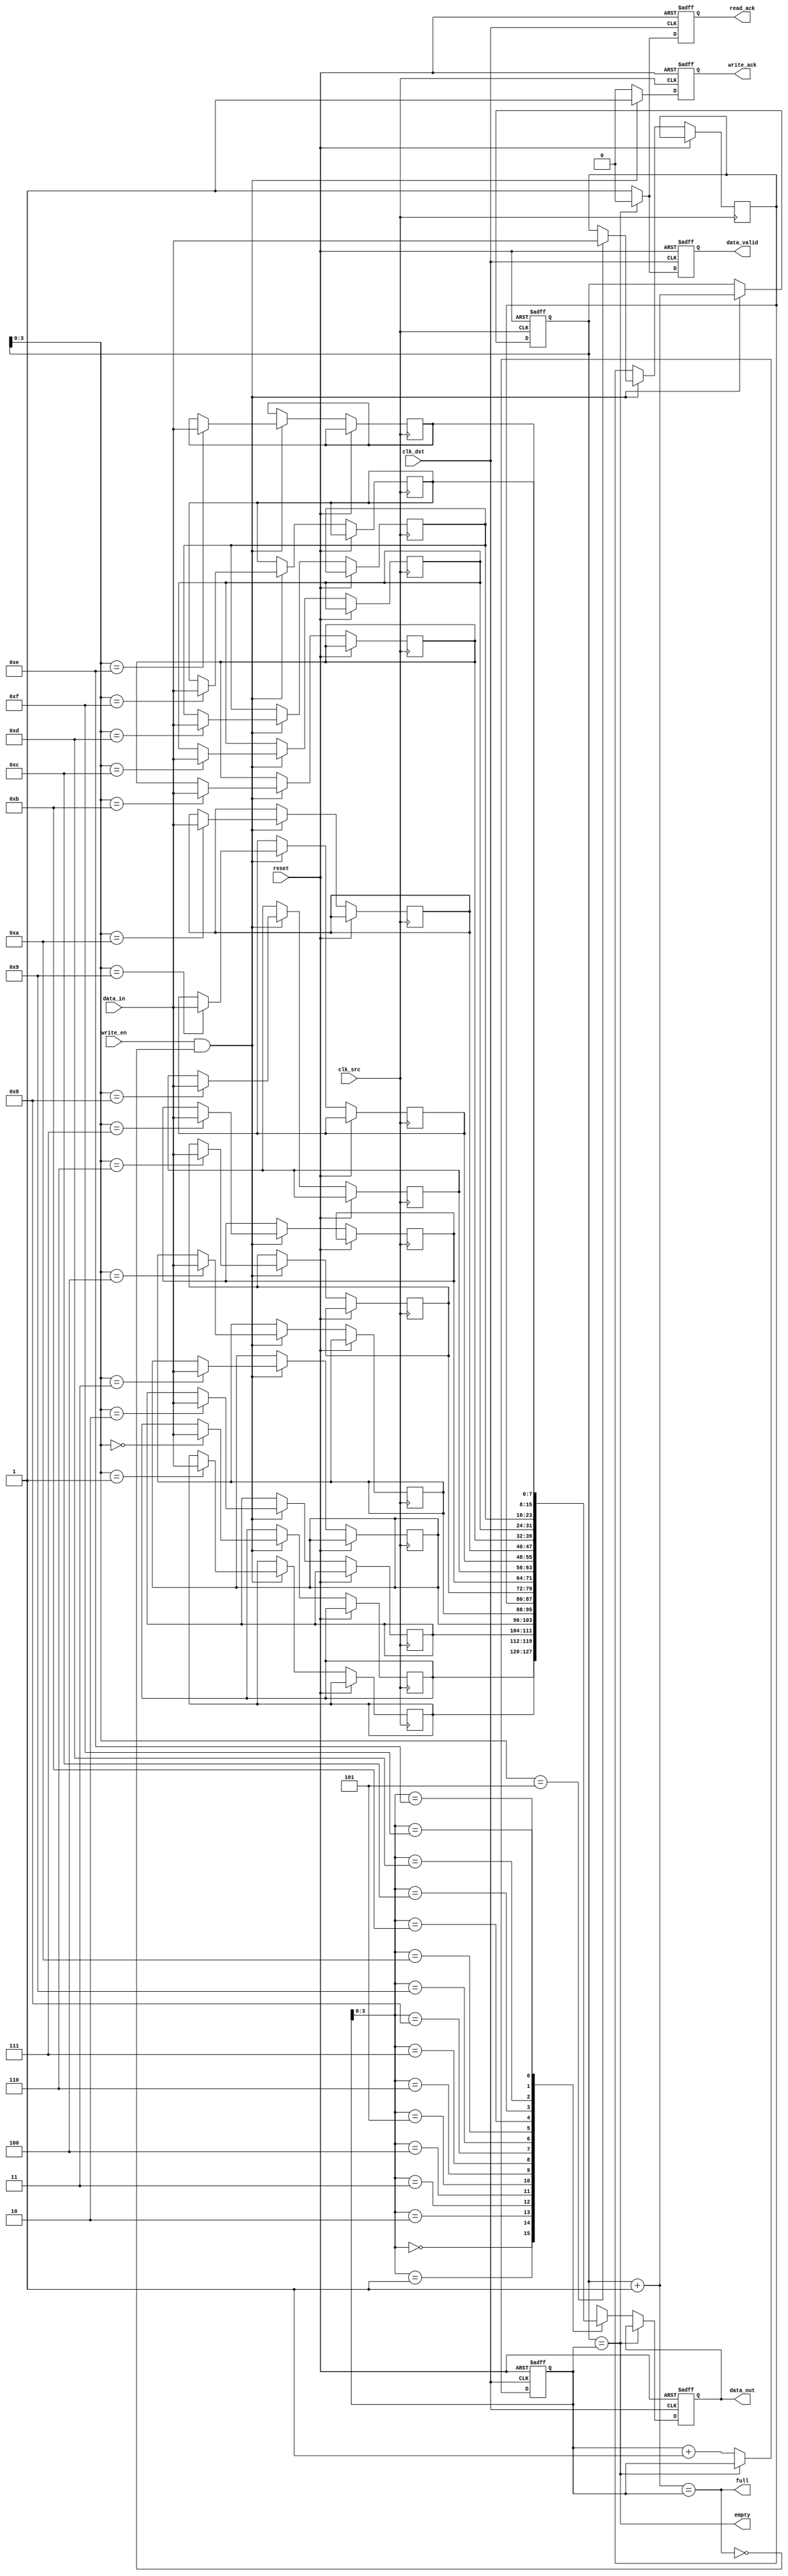
module fifo_synchronizer #(
    parameter DATA_WIDTH = 8,    // Width of the data
    parameter FIFO_DEPTH = 16     // Depth of the FIFO
)(
    input wire clk_src,           // Source clock
    input wire clk_dst,           // Destination clock
    input wire reset,             // Asynchronous reset
    input wire [DATA_WIDTH-1:0] data_in, // Data input
    input wire write_en,          // Write enable signal
    output wire full,             // Full flag
    output wire empty,            // Empty flag
    output reg [DATA_WIDTH-1:0] data_out, // Data output
    output reg data_valid,        // Data valid signal
    output reg write_ack,         // Write acknowledgment
    output reg read_ack           // Read acknowledgment
);

    // FIFO memory
    reg [DATA_WIDTH-1:0] fifo_mem[FIFO_DEPTH-1:0];

    // Write and read pointers
    reg [4:0] w_ptr; // 5 bits for depth of 16
    reg [4:0] r_ptr; // 5 bits for depth of 16

    // FIFO state flags
    assign full = (w_ptr + 1'b1 == r_ptr); // Full condition
    assign empty = (w_ptr == r_ptr);        // Empty condition

    // Write operation
    always @(posedge clk_src or posedge reset) begin
        if (reset) begin
            w_ptr <= 5'b0;
            write_ack <= 1'b0;
        end else begin
            write_ack <= 1'b0; // Clear acknowledgment
            if (write_en && !full) begin
                fifo_mem[w_ptr] <= data_in; // Write data
                w_ptr <= w_ptr + 1'b1;      // Increment write pointer
                write_ack <= 1'b1;          // Set acknowledgment
            end
        end
    end

    // Read operation
    always @(posedge clk_dst or posedge reset) begin
        if (reset) begin
            r_ptr <= 5'b0;
            data_out <= {DATA_WIDTH{1'b0}};
            data_valid <= 1'b0;
            read_ack <= 1'b0;
        end else begin
            read_ack <= 1'b0; // Clear acknowledgment
            if (!empty) begin
                data_out <= fifo_mem[r_ptr]; // Read data
                data_valid <= 1'b1;           // Set data valid
                r_ptr <= r_ptr + 1'b1;        // Increment read pointer
                read_ack <= 1'b1;             // Set acknowledgment
            end else begin
                data_valid <= 1'b0; // Clear data valid if empty
            end
        end
    end

endmodule